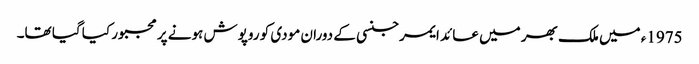
1975ء میں ملک بھر میں عائد ایمرجنسی کے دوران مودی کو روپوش ہونے پر مجبور کیا گیا تھا۔